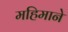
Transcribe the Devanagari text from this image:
महिमाने